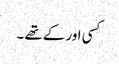
کسی اور کے تھے ۔